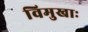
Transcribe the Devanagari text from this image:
विमुखाः